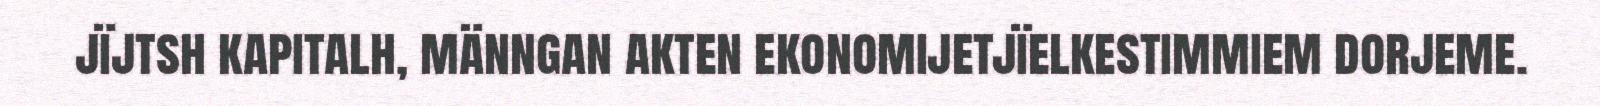
jïjtsh kapitalh, männgan akten ekonomijetjïelkestimmiem dorjeme.